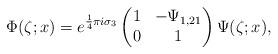
LaTeX: \begin{align*}\Phi(\zeta;x) = e^{\frac{1}{4} \pi i \sigma_3}\begin{pmatrix} 1 & -\Psi_{1,21} \\ 0 & 1 \end{pmatrix} \Psi(\zeta;x),\end{align*}